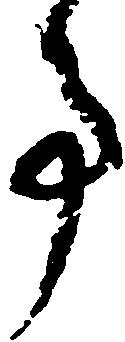
事